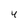
Character: 4